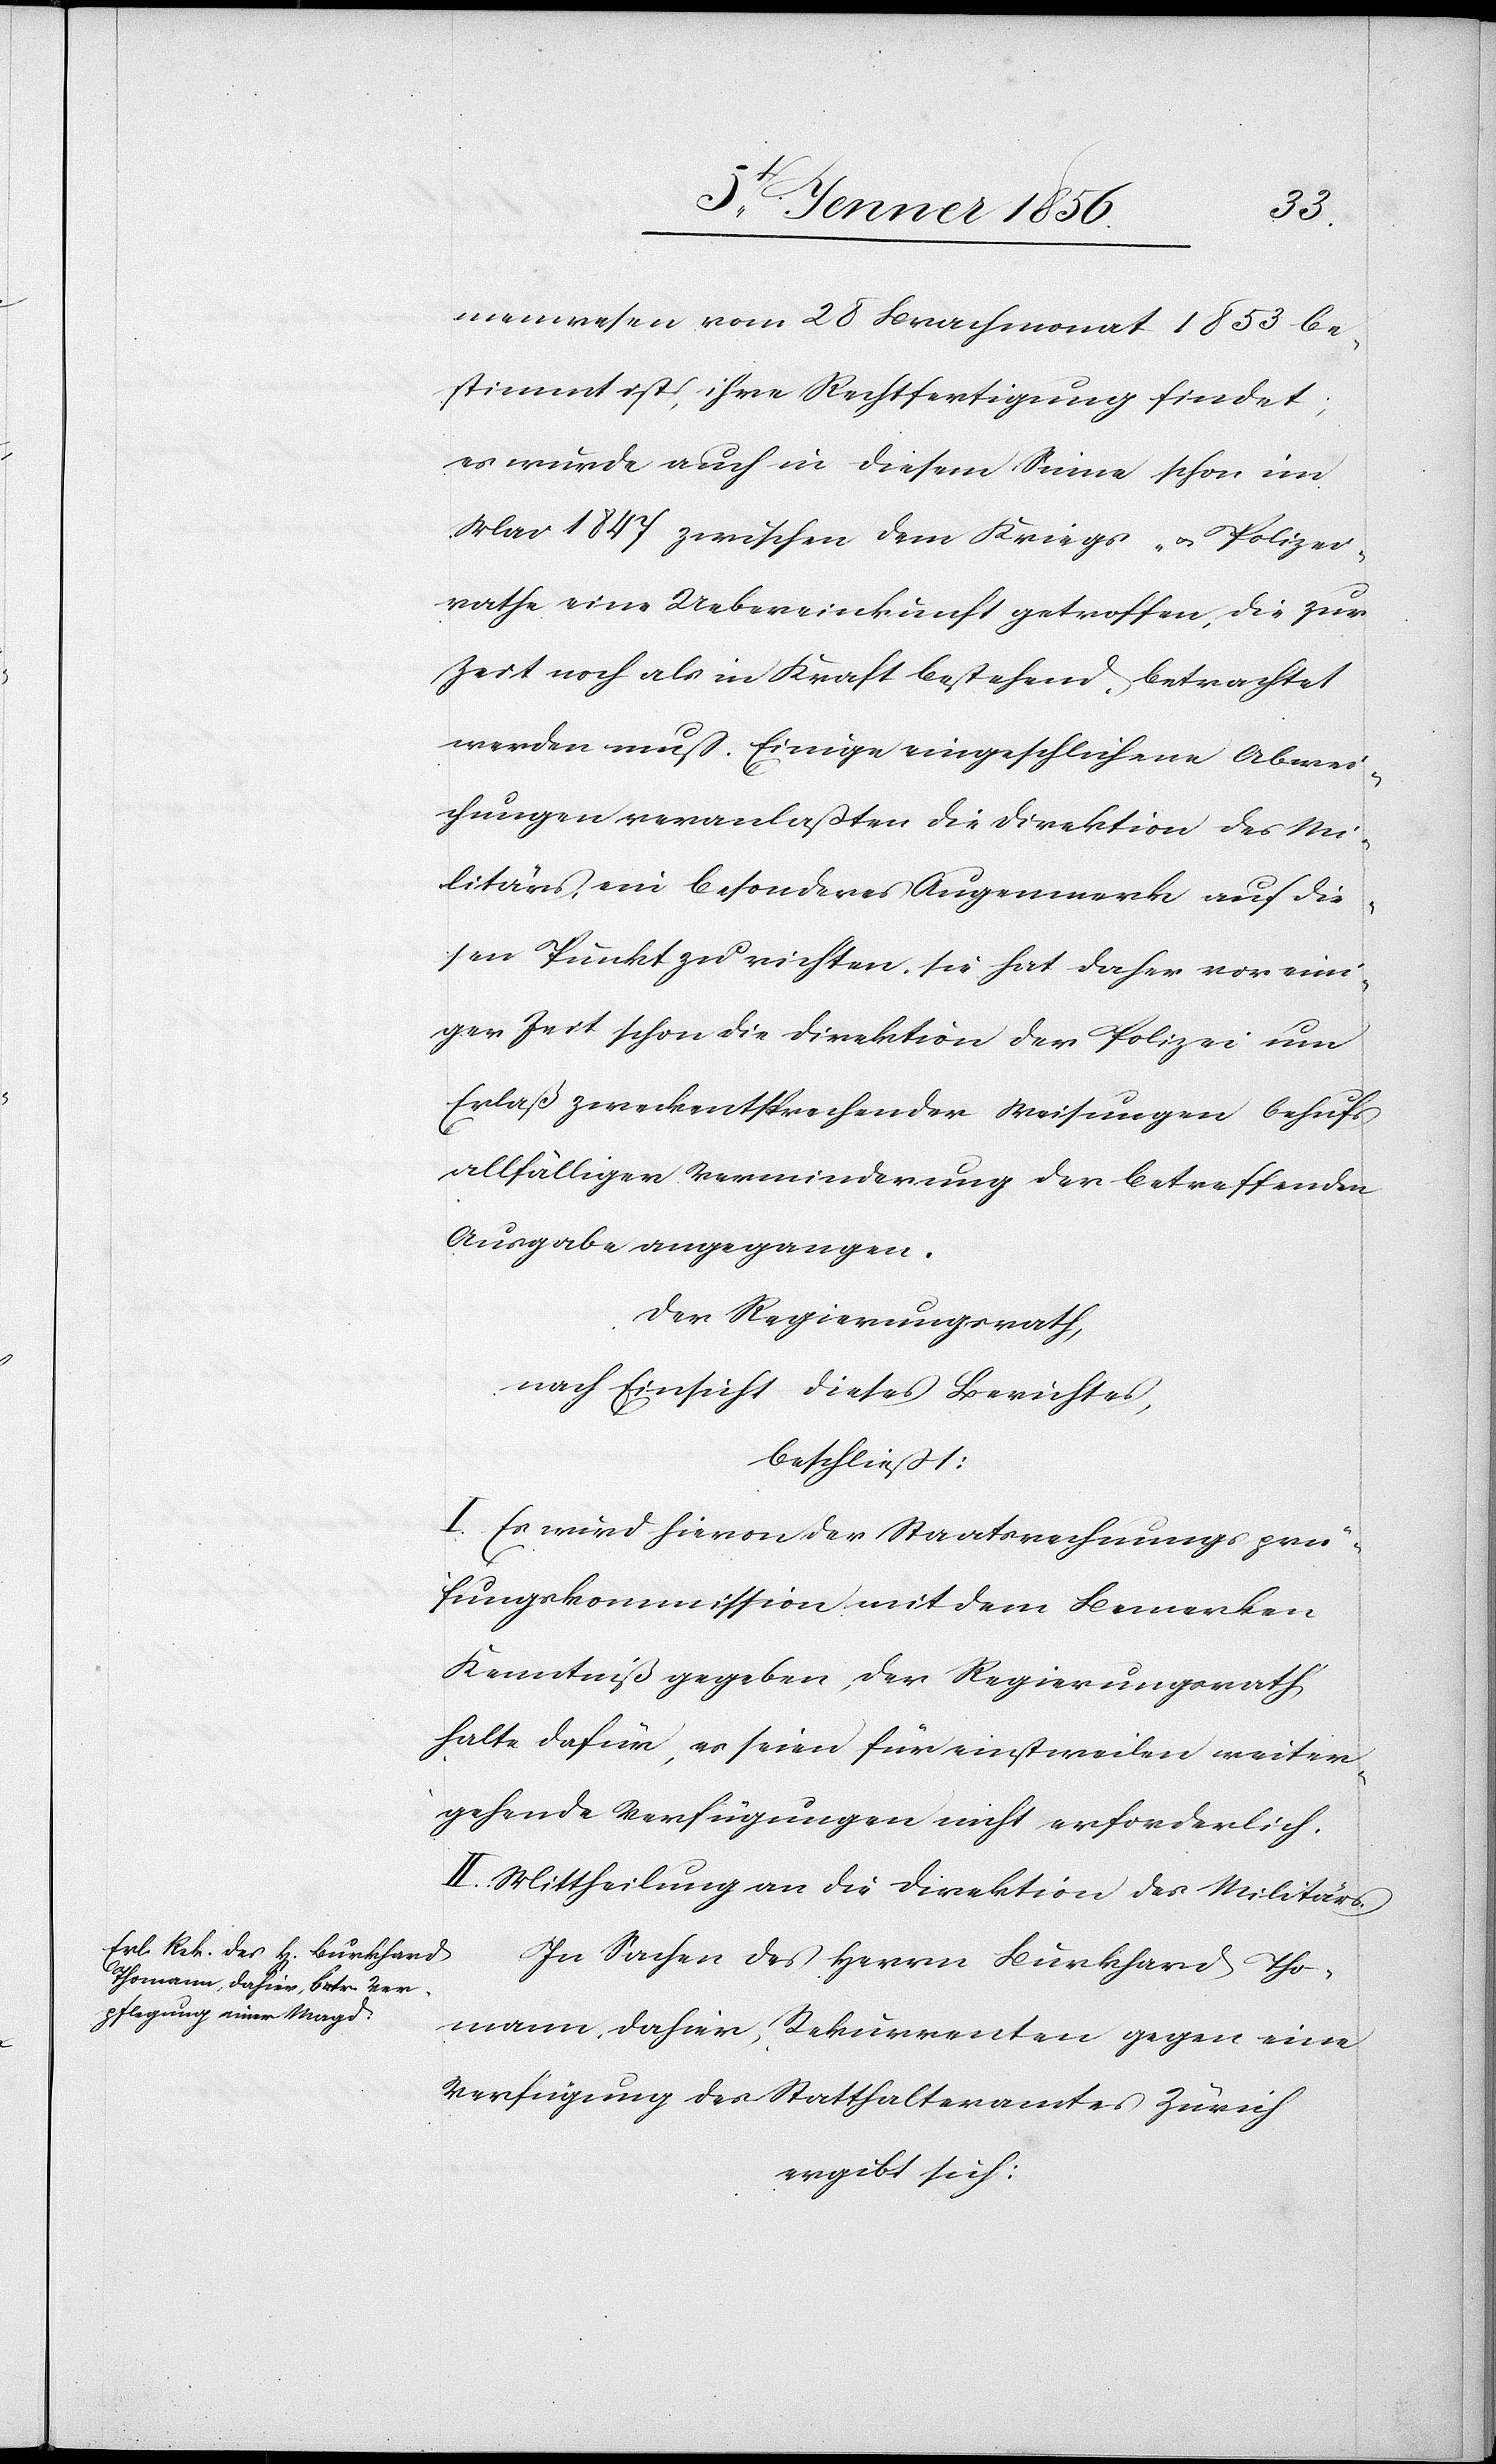
In Sachen des Herrn Burkhard Tho¬
mann dahier, Rekurrenten gegen eine
Verfügung des Statthalteramtes Zürich
ergibt sich: